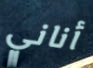
أناني